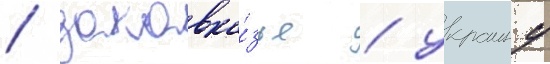
/ закавка́зье / украину